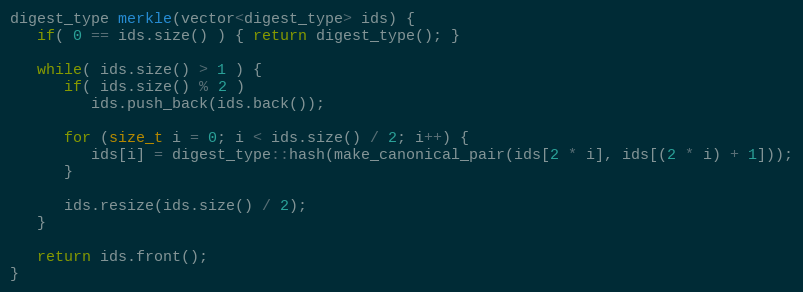
Language: C++
digest_type merkle(vector<digest_type> ids) {
   if( 0 == ids.size() ) { return digest_type(); }

   while( ids.size() > 1 ) {
      if( ids.size() % 2 )
         ids.push_back(ids.back());

      for (size_t i = 0; i < ids.size() / 2; i++) {
         ids[i] = digest_type::hash(make_canonical_pair(ids[2 * i], ids[(2 * i) + 1]));
      }

      ids.resize(ids.size() / 2);
   }

   return ids.front();
}